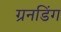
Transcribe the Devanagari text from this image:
ग्रनडिंग